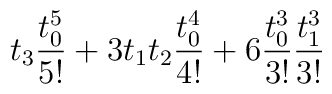
t_3 \frac{t_0^5}{5!} + 3 t_1 t_2 \frac{t_0^4}{4!} + 6 \frac{t_0^3}{3!}\frac{t_1^3}{3!}